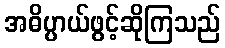
အဓိပ္ပာယ်ဖွင့်ဆိုကြသည်